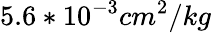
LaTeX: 5.6*10^{-3}cm^{2}/kg